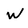
Character: W